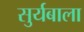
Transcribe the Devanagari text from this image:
सुर्यबाला